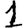
Digit: 1